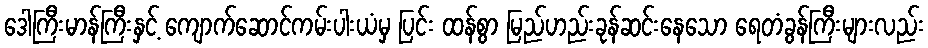
ဒေါကြီးမာန်ကြီးနှင့် ကျောက်ဆောင်ကမ်းပါးယံမှ ပြင်း ထန်စွာ မြည်ဟည်းခုန်ဆင်းနေသော ရေတံခွန်ကြီးများလည်း